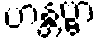
ဟန္တဗ္ဗာ